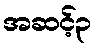
အဆင့်၃